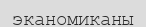
эканомиканы